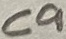
Text: C9